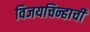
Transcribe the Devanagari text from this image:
विजयचिन्हाची